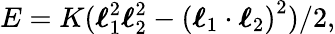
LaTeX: E=K(\boldsymbol{\ell}_{1}^{2}\boldsymbol{\ell}_{2}^{2}-\left(\boldsymbol{\ell}_{1}\cdot\boldsymbol{\ell}_{2}\right)^{2})/2,